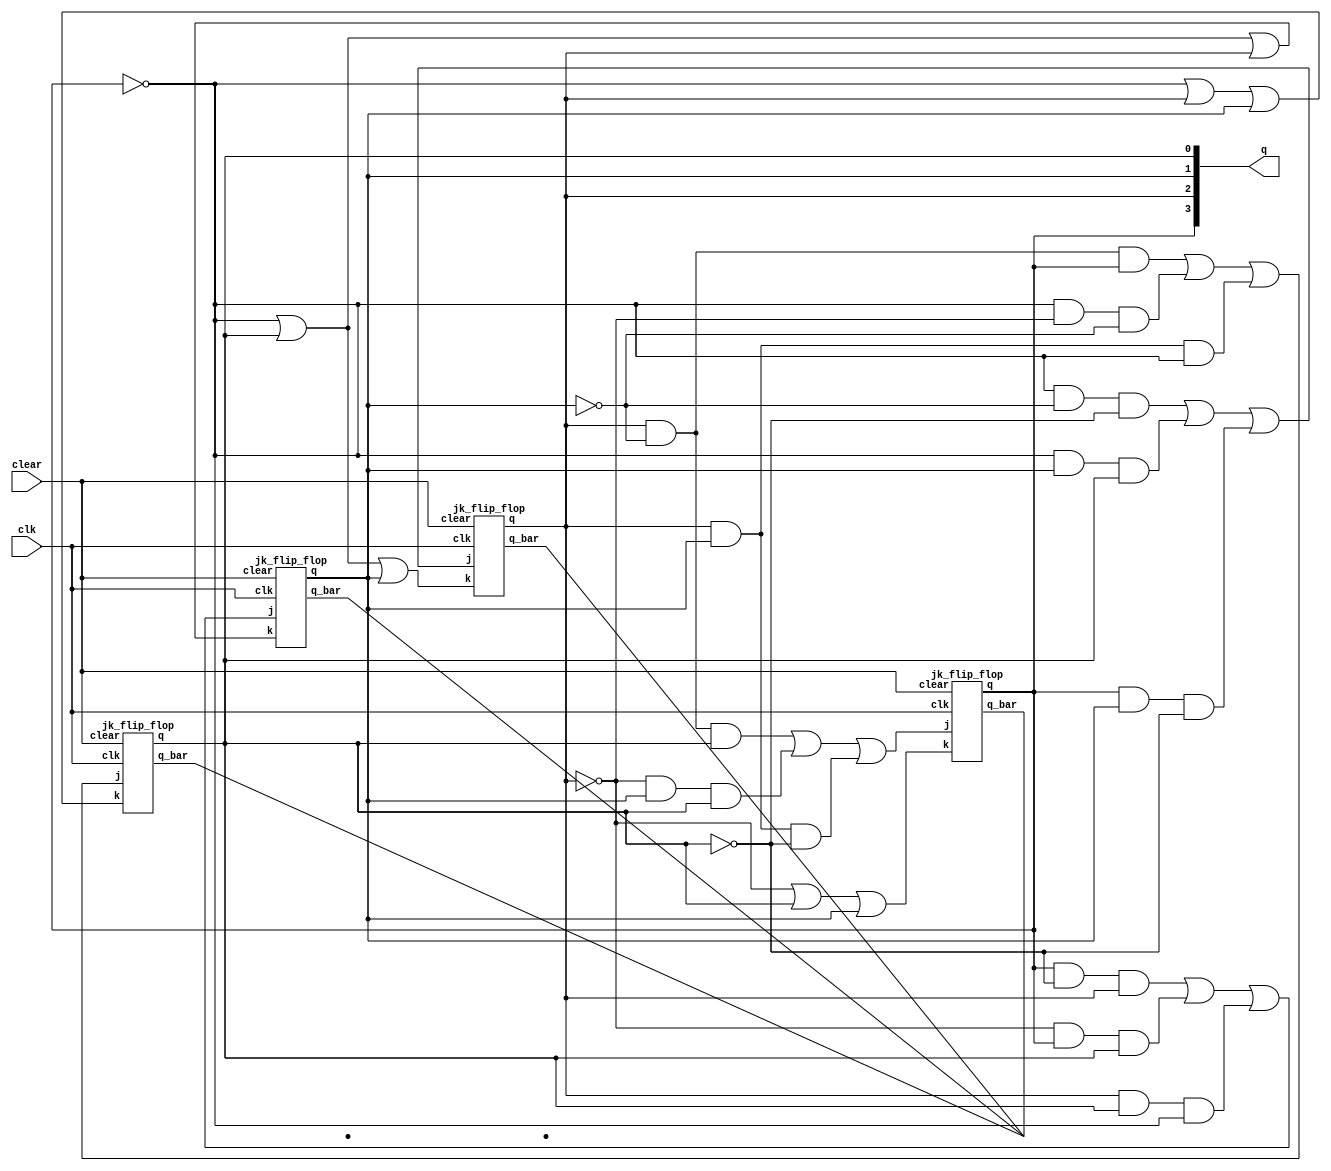
module sync_random_seq_counter(q, clear, clk);
    input clk, clear;
    output [0:3] q;
    wire a,b,c,d,e,f,g,h;
    assign a = (q[1]&~q[2]&q[3]) | (~q[1]&q[2]&q[3]) | (q[1]&q[2]&~q[3]);
    assign b = ~q[1]|q[3]|q[2];
    jk_flip_flop jk1(q[0],,a,b,clear,clk);

    assign c = (~q[0]&~q[2]&~q[3]) | (~q[0]&q[2]&q[3]) | (q[0]&q[2]&~q[3]);
    assign d = ~q[0]|q[3]|q[2];
    jk_flip_flop jk2(q[1],,c,d,clear,clk);

    assign e = (q[0]&~q[3]&q[1]) | (~q[1]&q[0]&q[3]) | (q[1]&q[3]&~q[0]);
    assign f = ~q[0]|q[3]|q[1];
    jk_flip_flop jk3(q[2],,e,f,clear,clk);

    assign g = (q[1]&~q[2]&q[0]) | (~q[0]&~q[1]&~q[2]) | (q[1]&q[2]&~q[0]);
    assign h = ~q[0]|q[1]|q[2];
    jk_flip_flop jk4(q[3],,g,h,clear,clk);
endmodule

module jk_flip_flop(q, q_bar, j, k, clear, clk);
	input j, k, clear, clk;
	output q, q_bar;
	wire a, b, c, d, y, y_bar, c_bar;
	nand(a, q_bar, j, clk, clear);
	nand(b, k, clk, q);
	nand(c, a, d);
	nand(d, c, clear, b);
	not(c_bar, clk);
	nand(y, c, c_bar);
	nand(y_bar, d, c_bar);
	nand(q, y, q_bar);
	nand(q_bar, q, clear, y_bar);
endmodule